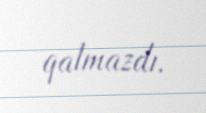
qalmazdı.